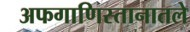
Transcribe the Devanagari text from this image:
अफगाणिस्तानातले